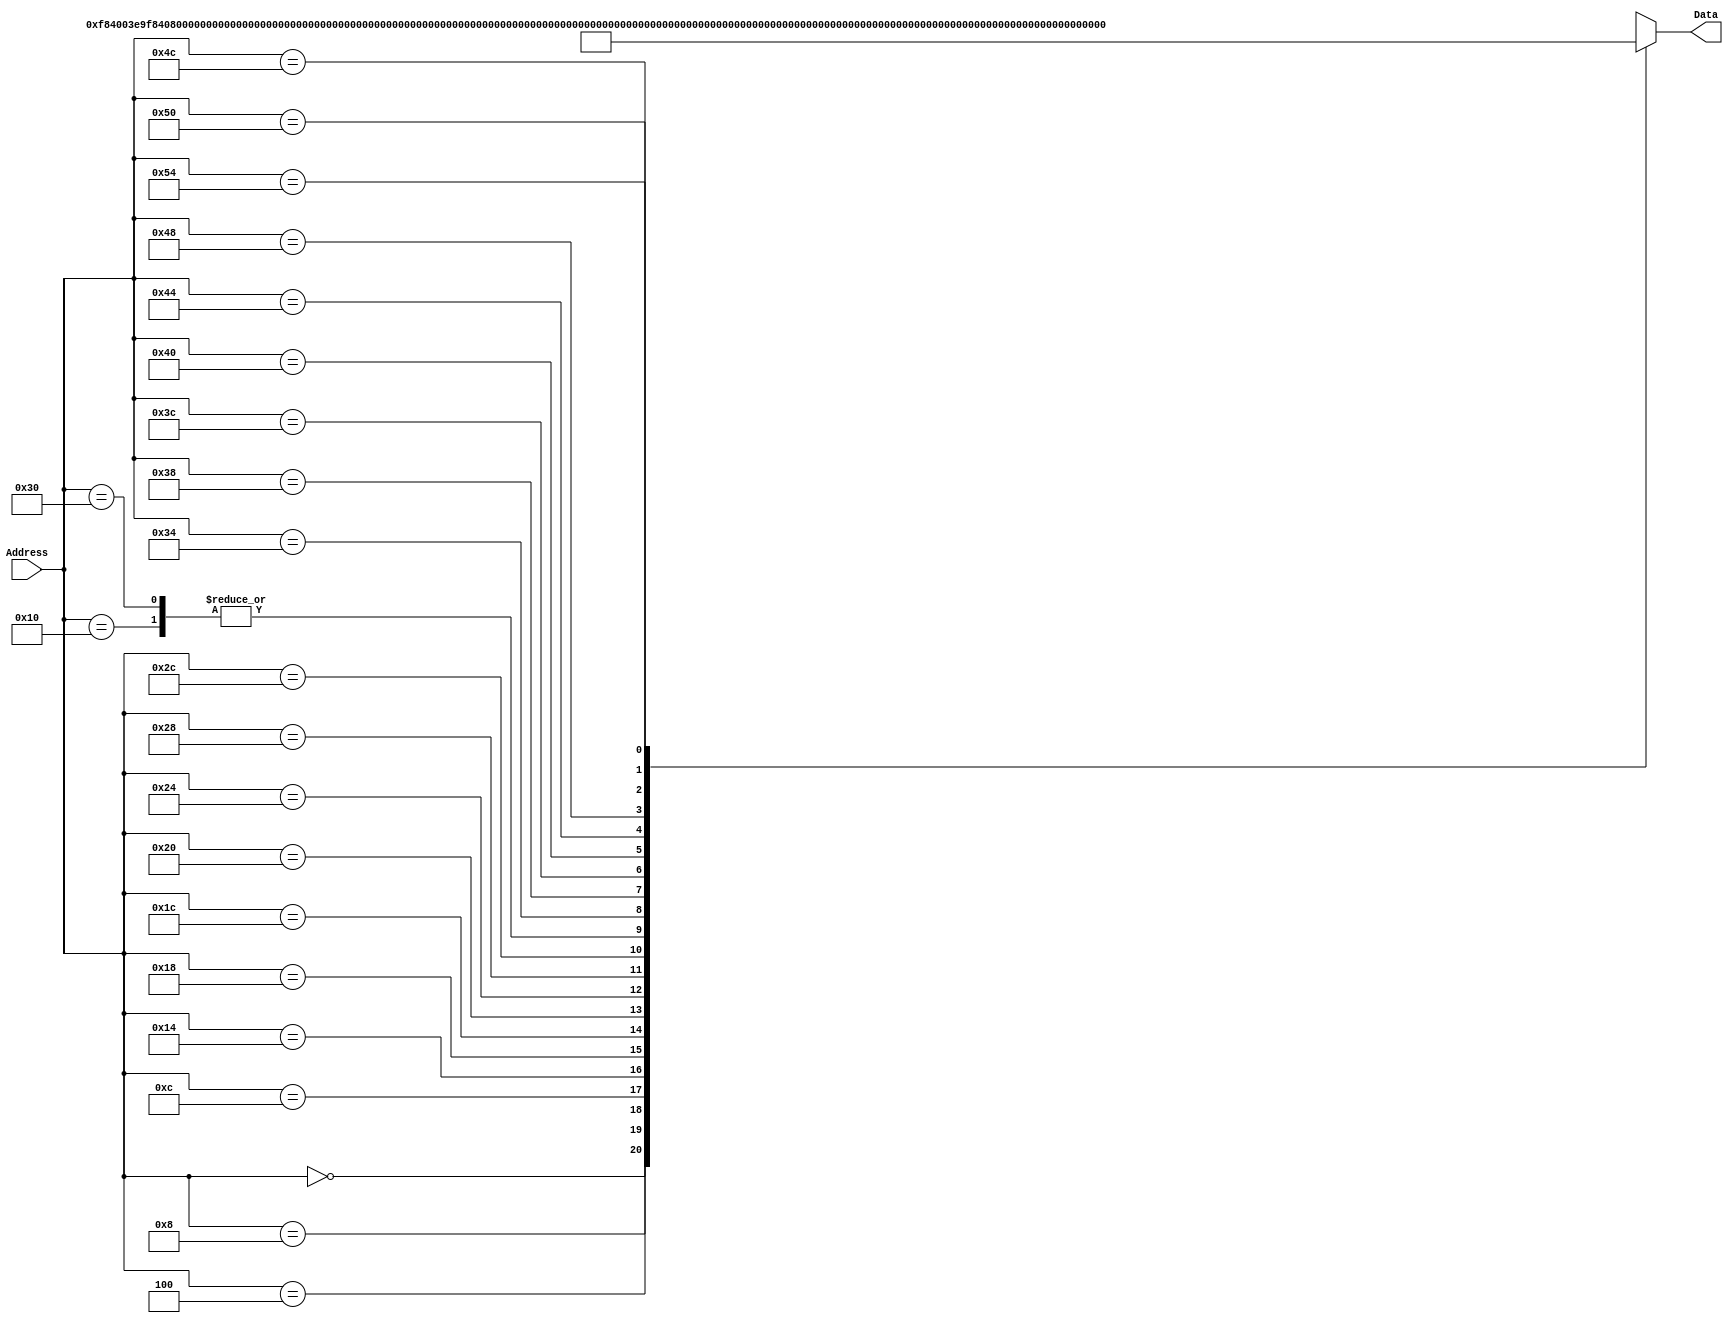
`timescale 1ns / 1ps
/*
 * Module: InstructionMemory
 *
 * Implements read-only instruction memory
 * 
 */
module InstructionMemory(Data, Address);
   parameter T_rd = 20;
   parameter MemSize = 40;
   
   output [31:0] Data;
   input [63:0]  Address;
   reg [31:0] 	 Data;
   
   /*
    * ECEN 350 Processor Test Functions
    * Texas A&M University
    */
   
   always @ (Address) begin
      case(Address)

	/* Test Program 1:
	 * Program loads constants from the data memory. Uses these constants to test
	 * the following instructions: LDUR, ORR, AND, CBZ, ADD, SUB, STUR and B.
	 * 
	 * Assembly code for test:
	 * 
	 * 0: LDUR X9, [XZR, 0x0]    //Load 1 into x9
	 * 4: LDUR X10, [XZR, 0x8]   //Load a into x10
	 * 8: LDUR X11, [XZR, 0x10]  //Load 5 into x11
	 * C: LDUR X12, [XZR, 0x18]  //Load big constant into x12
	 * 10: LDUR X13, [XZR, 0x20]  //load a 0 into X13
	 * 
	 * 14: ORR X10, X10, X11  //Create mask of 0xf
	 * 18: AND X12, X12, X10  //Mask off low order bits of big constant
	 * 
	 * loop:
	 * 1C: CBZ X12, end  //while X12 is not 0
	 * 20: ADD X13, X13, X9  //Increment counter in X13
	 * 24: SUB X12, X12, X9  //Decrement remainder of big constant in X12
	 * 28: B loop  //Repeat till X12 is 0
	 * 2C: STUR X13, [XZR, 0x20]  //store back the counter value into the memory location 0x20
	 */
	

	63'h000: Data = 32'hF84003E9;
	63'h004: Data = 32'hF84083EA;
	63'h008: Data = 32'hF84103EB;
	63'h00c: Data = 32'hF84183EC;
	63'h010: Data = 32'hF84203ED;
	63'h014: Data = 32'hAA0B014A;
	63'h018: Data = 32'h8A0A018C;
	63'h01c: Data = 32'hB400008C;
	63'h020: Data = 32'h8B0901AD;
	63'h024: Data = 32'hCB09018C;
	63'h028: Data = 32'h17FFFFFD;
	63'h02c: Data = 32'hF80203ED;
	63'h030: Data = 32'hF84203ED;  //One last load to place stored value on memdbus for test checking.

	/* Add code for your tests here */  
        
        /* Test program 2:
         * 0x34: MOVZ X0, 0x1234, 48
           0x38: MOVZ X1, 0x5678, 32
           0x3c: MOVZ X2, 0x9ABC, 16
           0x40: MOVZ X3, 0xDEF0, 0
           0x44: ADD X9, X0, X1
           0x48: ADD X9, X9, X2
           0x4c: ADD X9, X9, X3
           0x50: STUR X9, [X12, 0x28]
           0x54: LDUR X10, [X12, 0x28]
           */
    
	63'h034: Data= 32'b11010010111000100100011010000000; 
    63'h038: Data= 32'b11010010110010101100111100000001;
    63'h03c: Data= 32'b11010010101100110101011110000010;
    63'h040: Data= 32'b11010010100110111101111000000011;
    63'h044: Data= 32'b10101011111000000000000000101001;
    63'h048: Data= 32'b10101011111000100000000100101001;
    63'h04c: Data= 32'b10101011111000110000000100101001;
    63'h050: Data= 32'b00111000000000101000000110001001;
    63'h054: Data= 32'b00111000010000101000000110001010;
        
        
	default: Data = 32'hXXXXXXXX;
      endcase
   end
endmodule